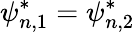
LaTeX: \psi_{n,1}^{*}=\psi_{n,2}^{*}